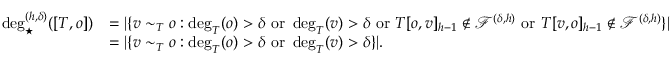
\begin{array} { r l } { \deg _ { \star } ^ { ( h , \delta ) } ( [ T , o ] ) } & { = | \{ v \sim _ { T } o : \deg _ { T } ( o ) > \delta \mathrm { ~ o r ~ } \deg _ { T } ( v ) > \delta \mathrm { ~ o r ~ } T [ o , v ] _ { h - 1 } \notin \mathcal { F } ^ { ( \delta , h ) } \mathrm { ~ o r ~ } T [ v , o ] _ { h - 1 } \notin \mathcal { F } ^ { ( \delta , h ) } \} | } \\ & { = | \{ v \sim _ { T } o : \deg _ { T } ( o ) > \delta \mathrm { ~ o r ~ } \deg _ { T } ( v ) > \delta \} | . } \end{array}